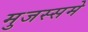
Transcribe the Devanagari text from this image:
मुजस्समे